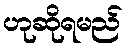
ဟုဆိုရမည်